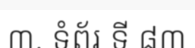
៣. ទំព័រ ទី ៨៣